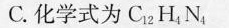
C.化学式为C_{12}H_{4}N_{4}